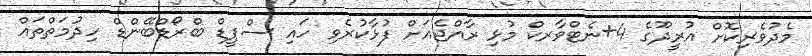
މެދުވެރިކޮށް އުރީދޫގެ 4+ނެޓްވާރކް މުޅި ރާއްޖެއަށް ފުޅާކުރެވި ހައި ސްޕީޑް ބްރޯޑްބޭންޑް ހިދުމަތްތައް